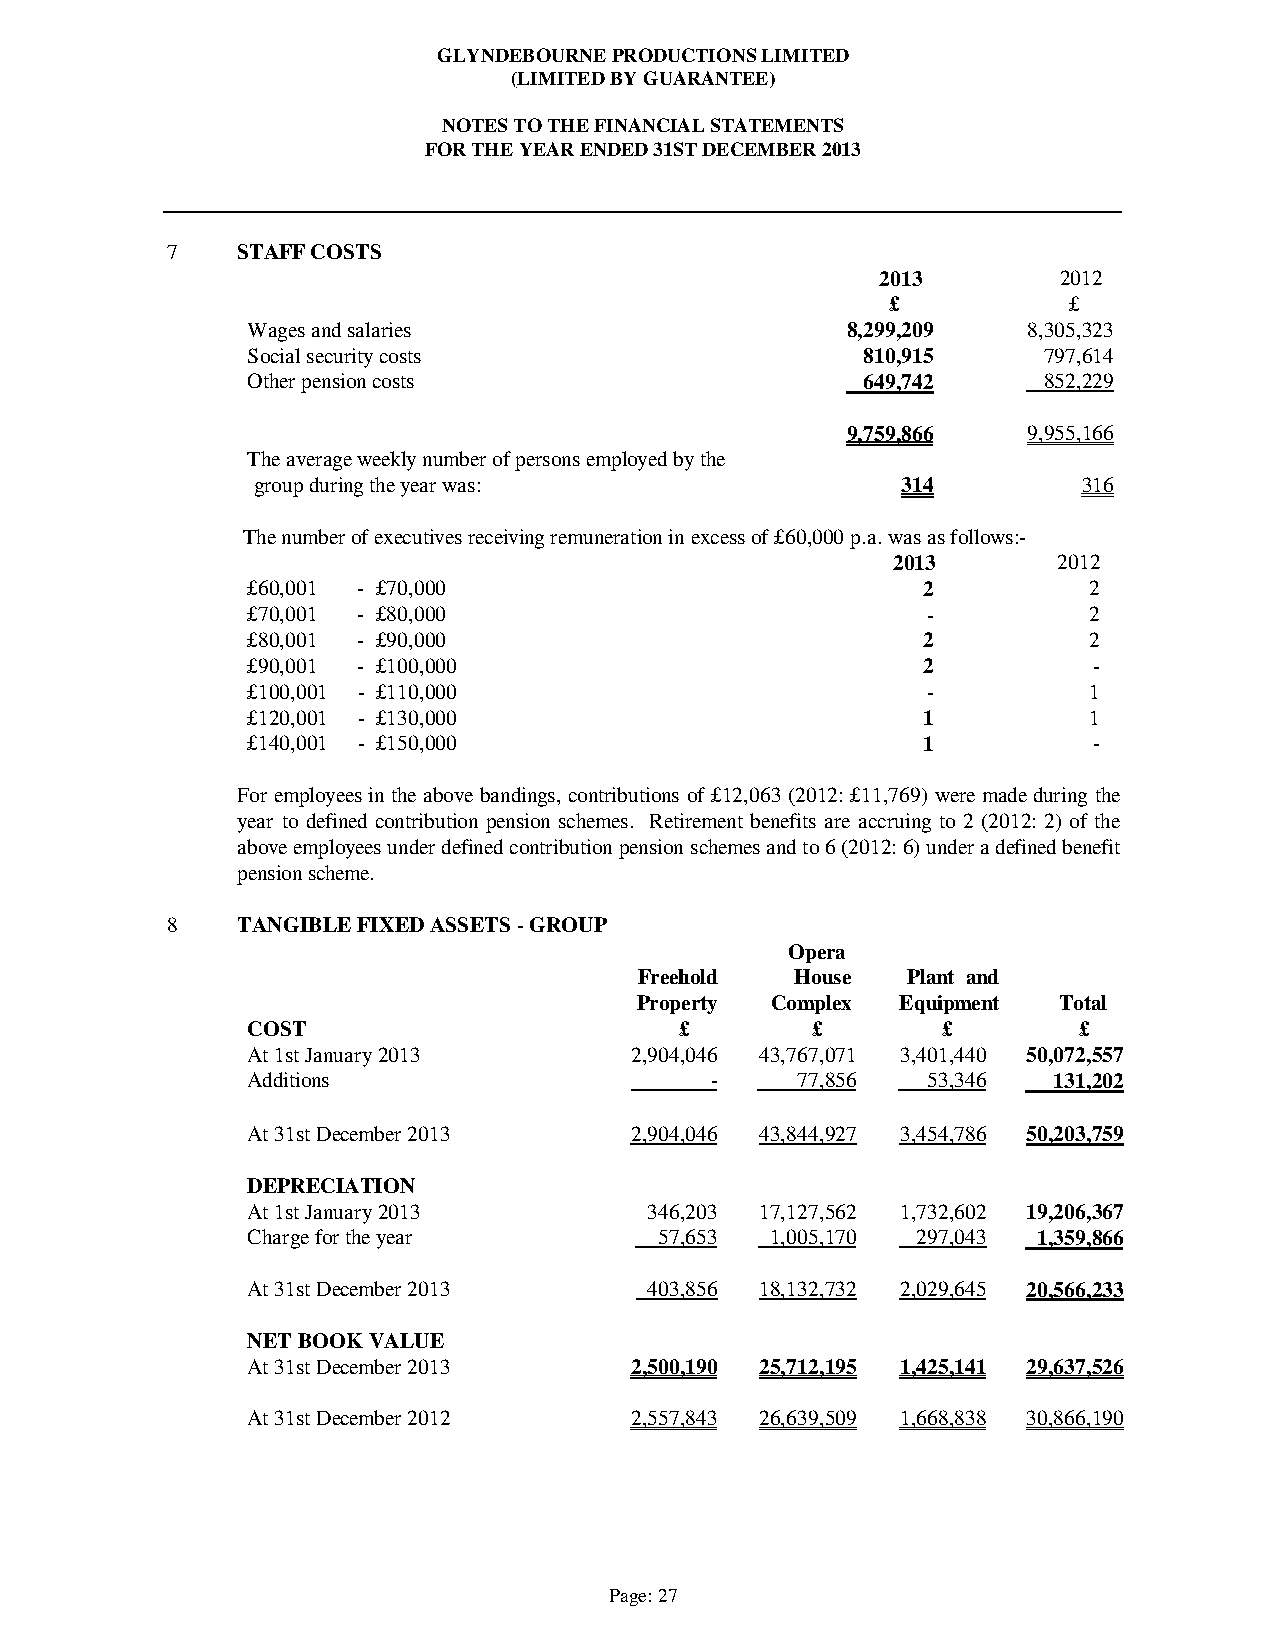
GLYNDEBOURNE PRODUCTIONS LIMITED
 (LIMITED BY GUARANTEE)
 NOTES TO THE FINANCIAL STATEMENTS
 FOR THE YEAR ENDED 31ST DECEMBER 2013
 7    STAFF COSTS
 2013        2012
 £           £
 Wages and salaries                      8,299,209   8,305,323
 Social security costs                    810,915     797,614
 Other pension costs                      649,742     852,229
 9,759,866   9,955,166
 The average weekly number of persons employed by the
 group during the year was:                 314         316
 The number of executives receiving remuneration in excess of £60,000 p.a. was as follows:-
 2013       2012
 £60,001 - £70,000                            2          2
 £70,001 - £80,000                            -          2
 £80,001 - £90,000                            2          2
 £90,001 - £100,000                           2          -
 £100,001 - £110,000                          -          1
 £120,001 - £130,000                          1          1
 £140,001 - £150,000                          1          -
 For employees in the above bandings, contributions of £12,063 (2012: £11,769) were made during the
 year to defined contribution pension schemes. Retirement benefits are accruing to 2 (2012: 2) of the
 above employees under defined contribution pension schemes and to 6 (2012: 6) under a defined benefit
 pension scheme.
 8    TANGIBLE FIXED ASSETS - GROUP
 Opera
 Freehold   House  Plant and
 Property Complex  Equipment Total
 COST                         £        £       £        £
 At 1st January 2013       2,904,046 43,767,071 3,401,440 50,072,557
 Additions                      -     77,856  53,346   131,202
 At 31st December 2013     2,904,046 43,844,927 3,454,786 50,203,759
 DEPRECIATION
 At 1st January 2013        346,203 17,127,562 1,732,602 19,206,367
 Charge for the year         57,653 1,005,170 297,043 1,359,866
 At 31st December 2013      403,856 18,132,732 2,029,645 20,566,233
 NET BOOK VALUE
 At 31st December 2013     2,500,190 25,712,195 1,425,141 29,637,526
 At 31st December 2012     2,557,843 26,639,509 1,668,838 30,866,190
 Page: 27